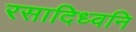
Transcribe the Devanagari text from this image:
रसादिध्वनि